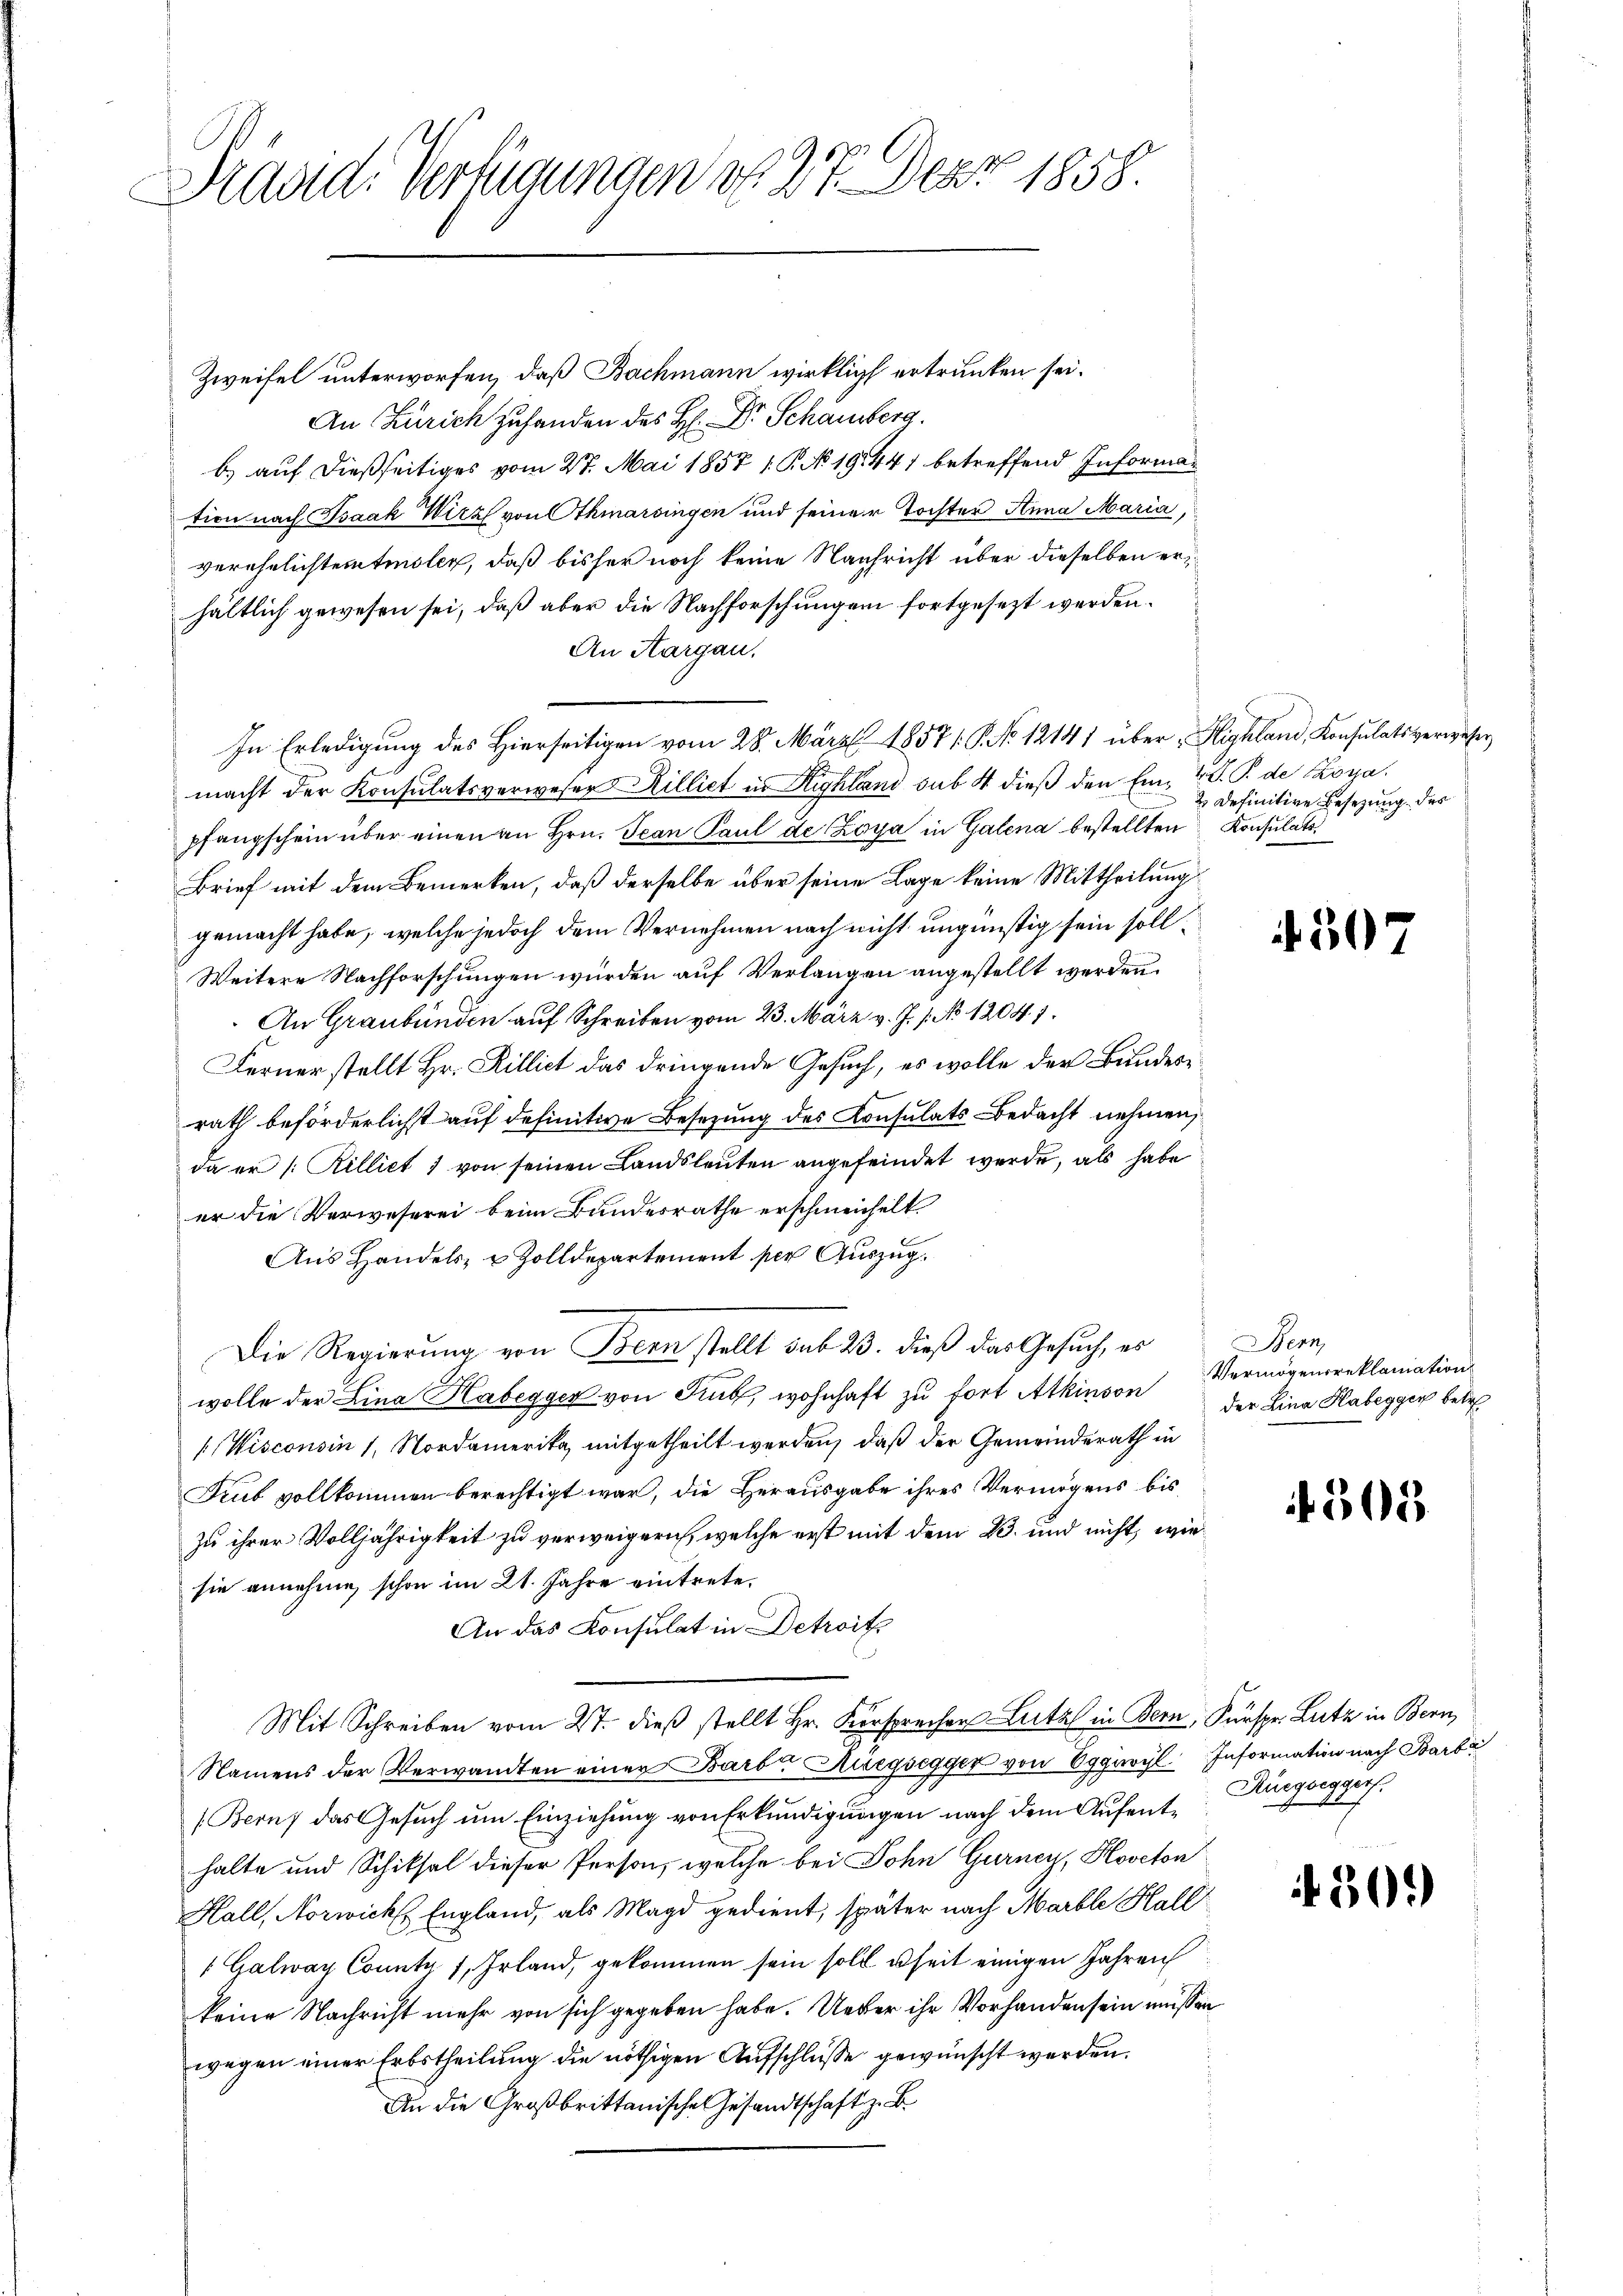
C
Tradidi Verfügungen d. 27. Der 1858.

Zweifel unterworfen, daß Bachmann wirklich ertrunken sei.
An Zürich zu handen des H: Dr. Schamberg.
b) auf dießseitiges vom 27. Mai 1857 1. P. N. 191441 betreffend Information nach Isaak Wirz von Athmarsingen und seiner Tochter Anna Maria,
verehelichtentmolen, daß bisher noch keine Nachricht über dieselben erhältlich gewesen sei, daß aber die Nachforschungen fortgesezt werden.
An Aargau,
In Erledigung des Hierseitigen vom 28. März 1857/. P. No 12141 über „Highland, Konsulatsverweser
macht der Konsulatsverweser Rilliet in Highland sub. 4 dieß den Ein Z. V. P. de Kora.
pfangschein über einen an Hrn. Jean Paul de Loya in Galena bestellten Konsulats
Brief mit dem Bemerken, daß derselbe über seine Lage keine Mittheilung
gemacht habe, welche jedoch dem Vernehmen nach nicht ungünstig sein soll¬
Weitere Nachforschungen würden auf Verlangen angestellt werden.
An Graubünden auf Schreiben vom 23. März v. J. 1. No 1204. 1.
Ferner stellt Hr. Rillict das dringende Gesuch, es wolle der Bundesrath beförderlichst auf definitive Besetzung des Consulats Bedacht nehmen,
da er /: Rilliet 7 von seinen Landsleuten angefeindet werde, als habe
er die Verweserei beim Bundesrathe erschmeichelt.
Aus Handels- & Zolldepartement per Auszug.
Die Regierung von Bern stellt sub 23. dieß das Gesuch, es
wolle der Lina Habegger von Giub, wohnhaft zu fort Atkinson
Wisconsin 1, Nordamerika mitgetheilt werden, daß der Gemeinderath in
Trub vollkommen berechtigt war, die Herausgabe ihres Vermögens bis
zu ihrer Volljährigkeit zu verweigerich, welche erst mit dem 23. und nicht, wiesie annehme, schon im 21. Jahre eintrete.
An das Konsulat in Detroits
Mit Schreiben vom 2t. dieß stellt Hr. Fürsprechen Lutz in Bern, Fürspr. Lutz in Bern,
Namens der Verwandten einer Barb. Rüegsegger von Eggwyl Information nach Barbi
(Bern das Gesŭch ŭm Einziehung von Erkundigŭngen nach dem Aufent-Ausgegger
halte und Schiksal dieser Person, welche bei Sohn Gurney, Hoveton
Hall, Norwickl England, als Magd gedient, später nach Marble Hall
Galway County 7, Erland, gekommen sein soll seit einigen Jahren
keine Nachricht mehr von sich gegeben habe. Ueber ihr Vorhanden sein müssen
wegen einer Erbstheilung die nöthigen Aufschlüsse gewünscht werden.
An die Großbrittanische Gesandtschaft z. B.

Definitive Besetzung des

231

Bern
Vermögensreklamation
der Lina Habegger betr

f303

1302)